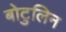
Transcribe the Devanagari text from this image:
बोटुलिन